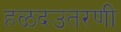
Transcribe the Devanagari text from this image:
हळदउतरणी